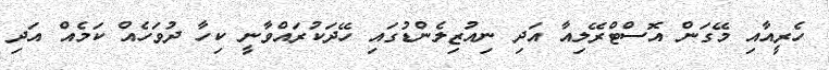
ހެރީއާއި މޭގަން އޮސްޓްރޭލިއާ އަދި ނިއުޒިލެންޑުގައި ހޭދަކުރައްވާނީ ކިހާ ދުވަހެއް ކަމެއް އަދި